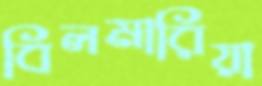
বিলমারিয়া